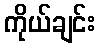
ကိုယ်ချင်း